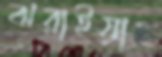
ঝরাইয়াছ